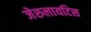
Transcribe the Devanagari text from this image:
जेरुलायटिस